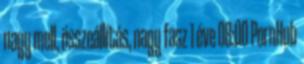
nagy mell, összeállítás, nagy fasz 1 éve 08:00 PornHub